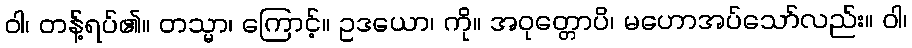
ဝါ၊ တန့်ရပ်၏။ တသ္မာ၊ ကြောင့်။ ဥဒယော၊ ကို။ အဝုတ္တောပိ၊ မဟောအပ်သော်လည်း။ ဝါ၊